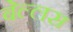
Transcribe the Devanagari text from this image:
बेल्लस